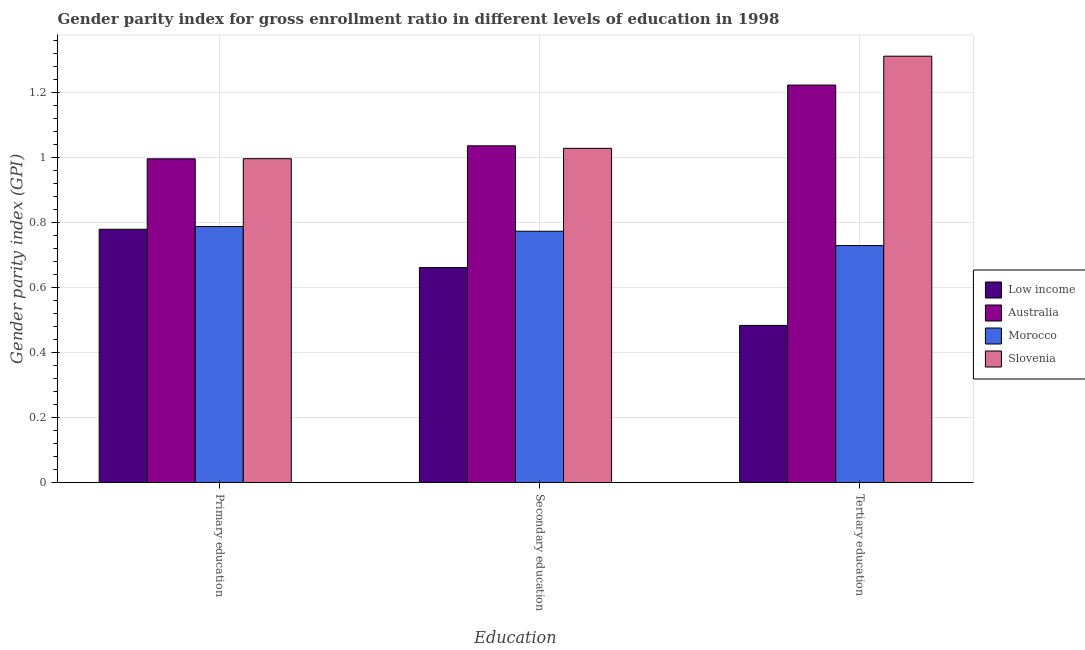
| Education | Low income | Australia | Morocco | Slovenia |
 | --- | --- | --- | --- | --- |
 | Primary education | 0.779 | 0.996 | 0.787 | 0.996 |
 | Secondary education | 0.661 | 1.04 | 0.773 | 1.03 |
 | Tertiary education | 0.483 | 1.22 | 0.729 | 1.31 |